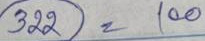
322 = 100